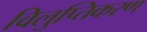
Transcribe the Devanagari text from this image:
विलुप्तिकरण